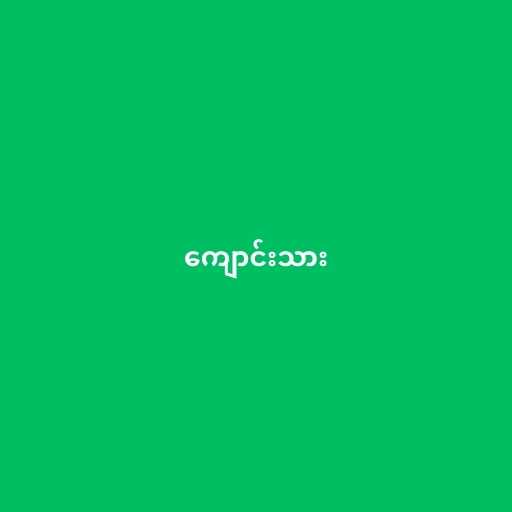
ကျောင်းသား